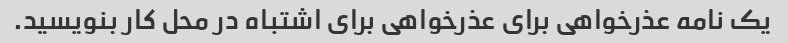
یک نامه عذرخواهی برای عذرخواهی برای اشتباه در محل کار بنویسید.